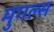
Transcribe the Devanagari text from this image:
मुगल्स